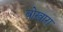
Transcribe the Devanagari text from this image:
बोख़ारा